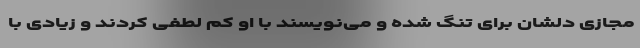
مجازی دلشان برای تنگ شده و می‌نویسند با او کم لطفی کردند و زیادی با